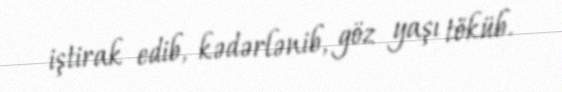
iştirak edib, kədərlənib, göz yaşı töküb.